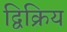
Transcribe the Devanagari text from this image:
द्विक्रिय